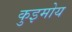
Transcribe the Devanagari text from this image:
कुइमोय